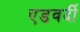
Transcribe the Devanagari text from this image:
एडवर्दी